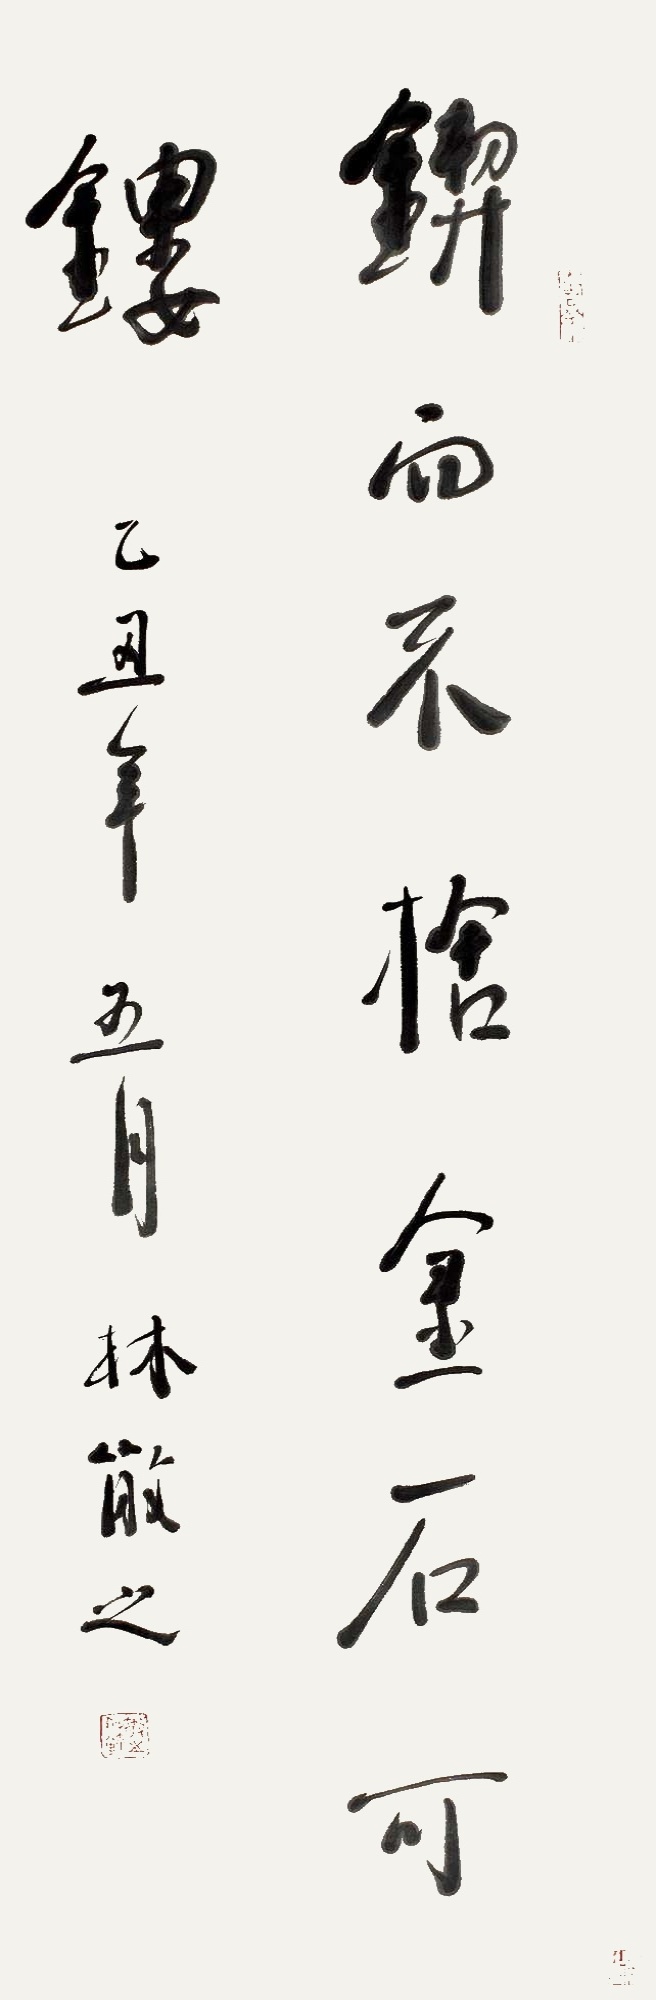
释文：锲而不舍，金石可镂。乙丑年五月，林散之。